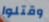
وقتلوا